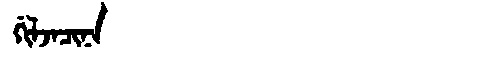
Manchu: ᡤᡳᠯᠵᠠᠴᡳᠨᠠ
Romanization: GILJACINA